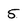
Character: 5